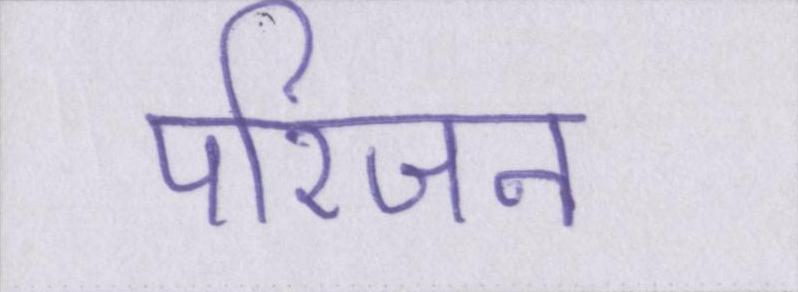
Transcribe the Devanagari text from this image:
परिजन